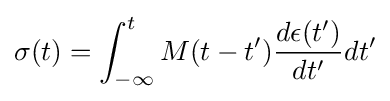
\sigma (t)=\int _{-\infty }^{t}M(t-t'){\frac {d\epsilon (t')}{dt'}}dt'